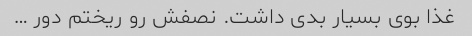
غذا بوی بسیار بدی داشت. نصفش رو ریختم دور …